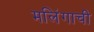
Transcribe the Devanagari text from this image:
मलिंगाची